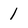
Character: 1